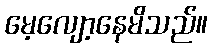
မေ့လျော့နေမိသည်။